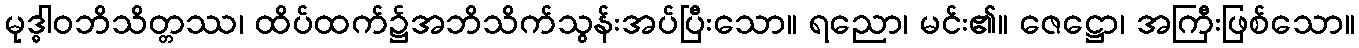
မုဒ္ဓါဝဘိသိတ္တဿ၊ ထိပ်ထက်၌အဘိသိက်သွန်းအပ်ပြီးသော။ ရညော၊ မင်း၏။ ဇေဋ္ဌော၊ အကြီးဖြစ်သော။